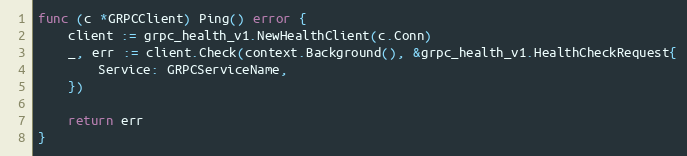
Language: Go
func (c *GRPCClient) Ping() error {
	client := grpc_health_v1.NewHealthClient(c.Conn)
	_, err := client.Check(context.Background(), &grpc_health_v1.HealthCheckRequest{
		Service: GRPCServiceName,
	})

	return err
}